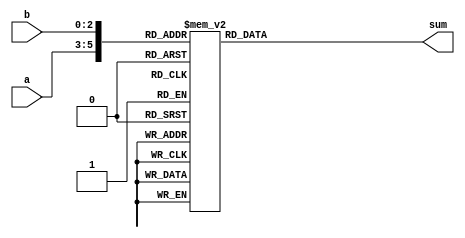
// Copyright 2008 Altera Corporation. All rights reserved.  
// Altera products are protected under numerous U.S. and foreign patents, 
// maskwork rights, copyrights and other intellectual property laws.  
//
// This reference design file, and your use thereof, is subject to and governed
// by the terms and conditions of the applicable Altera Reference Design 
// License Agreement (either as signed by you or found at www.altera.com).  By
// using this reference design file, you indicate your acceptance of such terms
// and conditions between you and Altera Corporation.  In the event that you do
// not agree with such terms and conditions, you may not use the reference 
// design file and please promptly destroy any copies you have made.
//
// This reference design file is being provided on an "as-is" basis and as an 
// accommodation and therefore all warranties, representations or guarantees of 
// any kind (whether express, implied or statutory) including, without 
// limitation, warranties of merchantability, non-infringement, or fitness for
// a particular purpose, are specifically disclaimed.  By making this reference
// design file available, Altera expressly does not recommend, suggest or 
// require that this reference design file be used in combination with any 
// other product not provided by Altera.
/////////////////////////////////////////////////////////////////////////////

// baeckler - 09-15-2008
//
// Sum of two 3-bit numbers, targeting exactly four LUTs 
// {6,6,4,2} inputs
//

module sum_of_3bit_pair
(
	input [2:0] a,b,
	output reg [3:0] sum
);

always @(*) begin
    case ({a,b})
      6'd0: sum=4'd0;
      6'd1: sum=4'd1;
      6'd2: sum=4'd2;
      6'd3: sum=4'd3;
      6'd4: sum=4'd4;
      6'd5: sum=4'd5;
      6'd6: sum=4'd6;
      6'd7: sum=4'd7;
      6'd8: sum=4'd1;
      6'd9: sum=4'd2;
      6'd10: sum=4'd3;
      6'd11: sum=4'd4;
      6'd12: sum=4'd5;
      6'd13: sum=4'd6;
      6'd14: sum=4'd7;
      6'd15: sum=4'd8;
      6'd16: sum=4'd2;
      6'd17: sum=4'd3;
      6'd18: sum=4'd4;
      6'd19: sum=4'd5;
      6'd20: sum=4'd6;
      6'd21: sum=4'd7;
      6'd22: sum=4'd8;
      6'd23: sum=4'd9;
      6'd24: sum=4'd3;
      6'd25: sum=4'd4;
      6'd26: sum=4'd5;
      6'd27: sum=4'd6;
      6'd28: sum=4'd7;
      6'd29: sum=4'd8;
      6'd30: sum=4'd9;
      6'd31: sum=4'd10;
      6'd32: sum=4'd4;
      6'd33: sum=4'd5;
      6'd34: sum=4'd6;
      6'd35: sum=4'd7;
      6'd36: sum=4'd8;
      6'd37: sum=4'd9;
      6'd38: sum=4'd10;
      6'd39: sum=4'd11;
      6'd40: sum=4'd5;
      6'd41: sum=4'd6;
      6'd42: sum=4'd7;
      6'd43: sum=4'd8;
      6'd44: sum=4'd9;
      6'd45: sum=4'd10;
      6'd46: sum=4'd11;
      6'd47: sum=4'd12;
      6'd48: sum=4'd6;
      6'd49: sum=4'd7;
      6'd50: sum=4'd8;
      6'd51: sum=4'd9;
      6'd52: sum=4'd10;
      6'd53: sum=4'd11;
      6'd54: sum=4'd12;
      6'd55: sum=4'd13;
      6'd56: sum=4'd7;
      6'd57: sum=4'd8;
      6'd58: sum=4'd9;
      6'd59: sum=4'd10;
      6'd60: sum=4'd11;
      6'd61: sum=4'd12;
      6'd62: sum=4'd13;
      6'd63: sum=4'd14;
      default: sum=0;
    endcase
end

endmodule